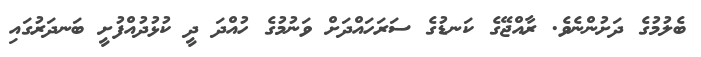
ބެލުމުގެ ދަށުންނެވެ. ރާއްޖޭގެ ކަނޑުގެ ސަރަހައްދަށް ވަނުމުގެ ހުއްދަ ދީ ކުޅުދުއްފުށީ ބަނދަރުގައި